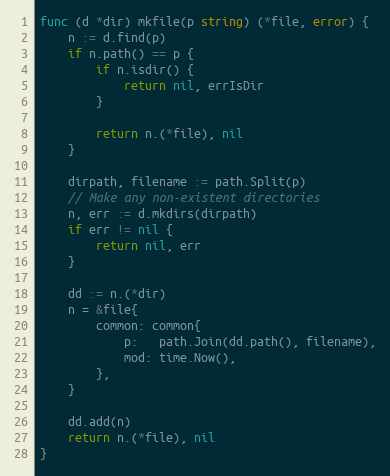
Language: Go
func (d *dir) mkfile(p string) (*file, error) {
	n := d.find(p)
	if n.path() == p {
		if n.isdir() {
			return nil, errIsDir
		}

		return n.(*file), nil
	}

	dirpath, filename := path.Split(p)
	// Make any non-existent directories
	n, err := d.mkdirs(dirpath)
	if err != nil {
		return nil, err
	}

	dd := n.(*dir)
	n = &file{
		common: common{
			p:   path.Join(dd.path(), filename),
			mod: time.Now(),
		},
	}

	dd.add(n)
	return n.(*file), nil
}